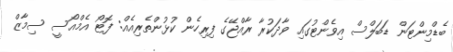
ބެޑްމިންޓަން ޑަބަލްސް އިވެންޓުގައި ވާދަކުރާ ރާއްޖޭގެ ފިރިހެން ކުޅުންތެރިއެއް: ފޮޓޯ އެމްއޯސީ ސިމާޒް